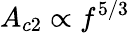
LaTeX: A_{c2}\propto f^{5/3}